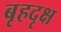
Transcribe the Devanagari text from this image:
बृहदृक्ष